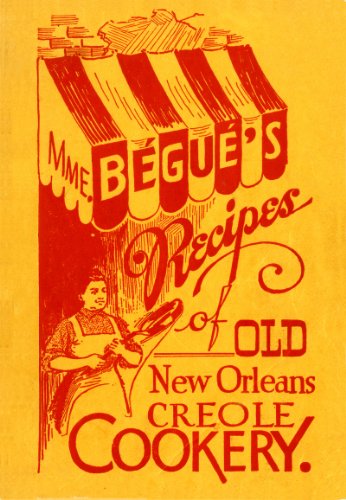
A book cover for Mme. BÃ©guÃ©'s Recipes of Old New Orleans Creole Cookery; Elizabeth Begue; Cookbooks, Food & Wine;